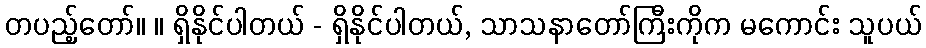
တပည့်တော်။ ။ ရှိနိုင်ပါတယ် - ရှိနိုင်ပါတယ်, သာသနာတော်ကြီးကိုက မကောင်း သူပယ်